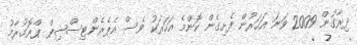
ދިރާގުން 2009 ވަނަ އަހަރުން ފެށިގެން ކޮންމެ އަހަރަކު ވެސް އެޕެރެންޓިސްޝިޕް ޕްރޮގުރާމު